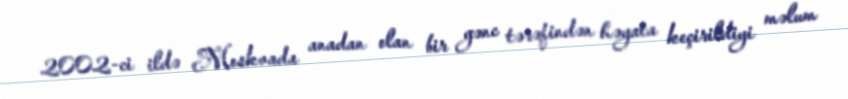
2002-ci ildə Moskvada anadan olan bir gənc tərəfindən həyata keçirildiyi məlum